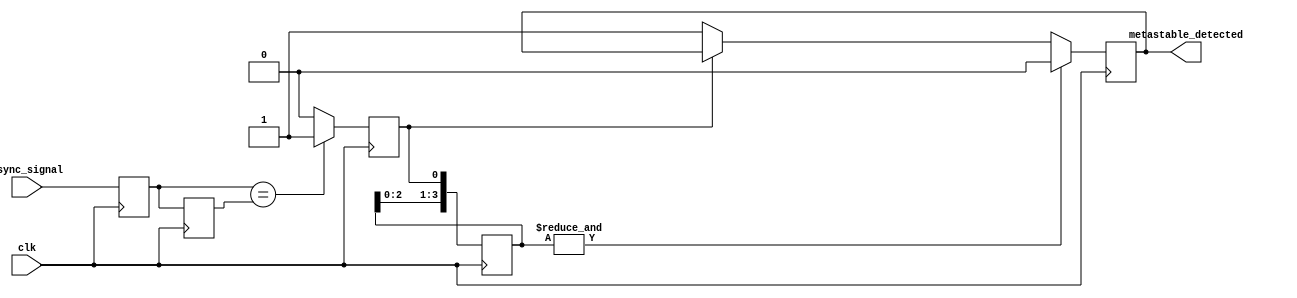
module MetastabilityDetector #(
    parameter CLOCK_FREQUENCY = 50_000_000, // Example: 50 MHz
    parameter STABILITY_CYCLES = 4           // Number of cycles for stability check
)(
    input wire clk,                           // Stable clock input
    input wire async_signal,                  // Asynchronous input signal
    output reg metastable_detected            // Output indicator for metastable state
);

    // Internal signals
    reg latch1, latch2;
    reg [STABILITY_CYCLES-1:0] stability_counter;
    reg stable, stable_prev;

    // Latch the asynchronous signal on clock edge
    always @(posedge clk) begin
        latch1 <= async_signal;  // Sample async_signal
        latch2 <= latch1;        // Sample output of latch1
    end

    // Stability monitoring and metastability detection
    always @(posedge clk) begin
        // Compare outputs of both latches
        if (latch1 == latch2) begin
            stable <= 1'b1;       // Outputs are the same, marked as stable
        end else begin
            stable <= 1'b0;       // Outputs are different, marked as unstable
        end

        // Shift stability result into the counter
        stability_counter <= {stability_counter[STABILITY_CYCLES-2:0], stable};

        // Check if the outputs have been stable for the defined number of cycles
        if (&stability_counter) begin // If all bits are 1
            metastable_detected <= 1'b0; // No metastability detected
        end else if (~stable) begin
            metastable_detected <= 1'b1; // Metastability detected
        end
    end

    // Initial conditions
    initial begin
        latch1 = 1'b0;
        latch2 = 1'b0;
        metastable_detected = 1'b0;
        stability_counter = 0;
        stable = 1'b1; // Assume stable at start
    end

endmodule